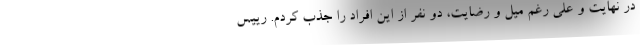
در نهایت و علی رغم میل و رضایت، دو نفر از این افراد را جذب کردم. رییس